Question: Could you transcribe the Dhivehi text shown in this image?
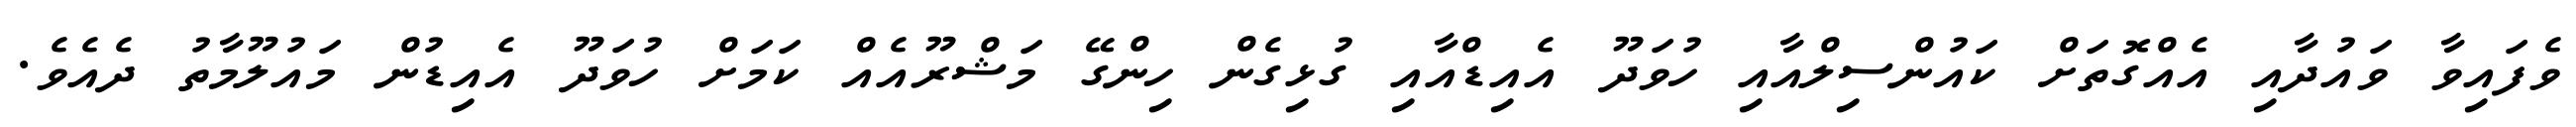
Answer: ވެފައިވާ ވައުދާއި އެއްގޮތަށް ކައުންސިލްއާއި ހުވަދޫ އެއިޑްއާއި ގުޅިގެން ހިންގޭ މަޝްރޫއެއް ކަމަށް ހުވަދޫ އެއިޑުން މައުލޫމާތު ދެއެވެ.